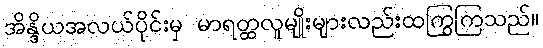
အိန္ဒိယအလယ်ပိုင်းမှ မာရတ္ထလူမျိုးများလည်းထကြွကြသည်။